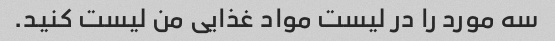
سه مورد را در لیست مواد غذایی من لیست کنید.